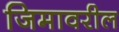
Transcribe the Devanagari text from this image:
जिमावरील